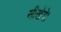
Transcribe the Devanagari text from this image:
सीखेंगे।